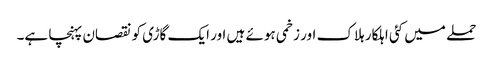
حملے میں کئی اہلکار ہلاک اور زخمی ہوئے ہیں اور ایک گاڑی کو نقصان پہنچا ہے۔